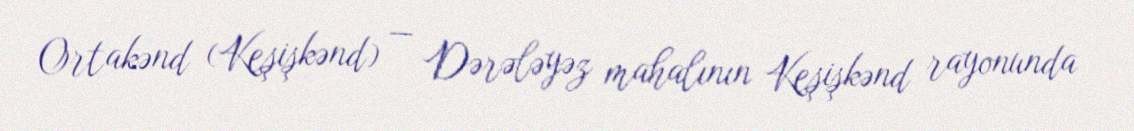
Ortakənd (Keşişkənd) — Dərələyəz mahalının Keşişkənd rayonunda